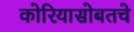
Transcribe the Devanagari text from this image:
कोरियासोबतचे